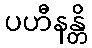
ပဟီနန္တိ